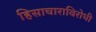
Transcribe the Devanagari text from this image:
हिसाचाराविरोधी